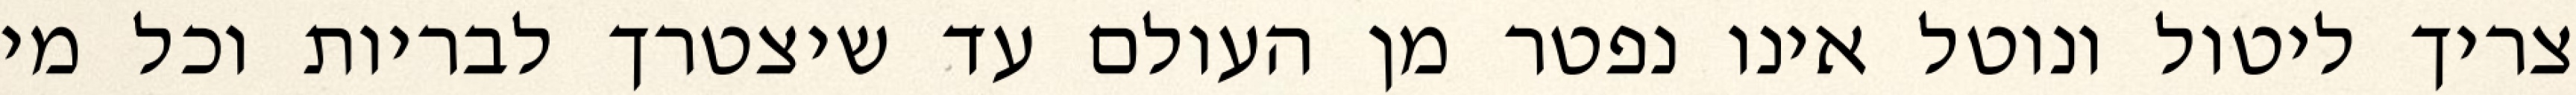
צריך ליטול ונוטל אינו נפטר מן העולם עד שיצטרך לבריות וכל מי